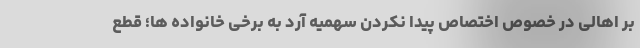
بر اهالی در خصوص اختصاص پیدا نکردن سهمیه آرد به برخی خانواده ها؛ قطع